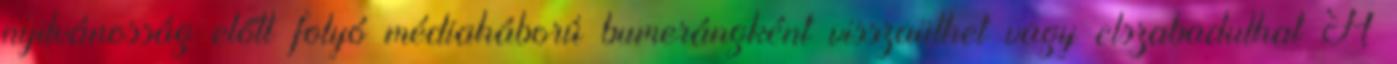
nyilvánosság előtt folyó médiaháború bumerángként visszaüthet vagy elszabadulhat A